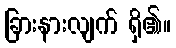
ခြားနားလျက် ရှိ၏။